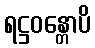
ရဋ္ဌဝန္တောပိ